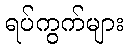
ရပ်ကွက်များ